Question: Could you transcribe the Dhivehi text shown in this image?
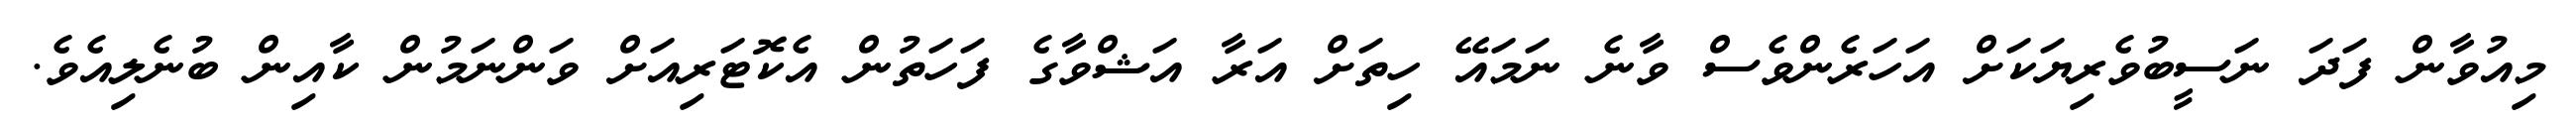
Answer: މިއުވާން ފަދަ ނަސީބުވެރިޔަކަށް އަހަރެންވެސް ވާނެ ނަމައޭ ހިތަށް އަރާ އަޝްވާގެ ފަހަތުން އެކޮޓަރިއަށް ވަންނަމުން ކާއިން ބުނެލިއެވެ.